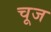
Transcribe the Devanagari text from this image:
चूज